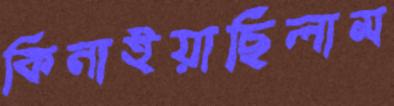
কিনাইয়াছিলাম